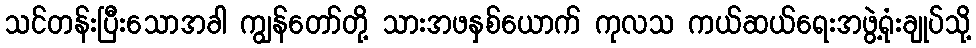
သင်တန်းပြီးသောအခါ ကျွန်တော်တို့ သားအဖနှစ်ယောက် ကုလသ ကယ်ဆယ်ရေးအဖွဲ့ရုံးချုပ်သို့